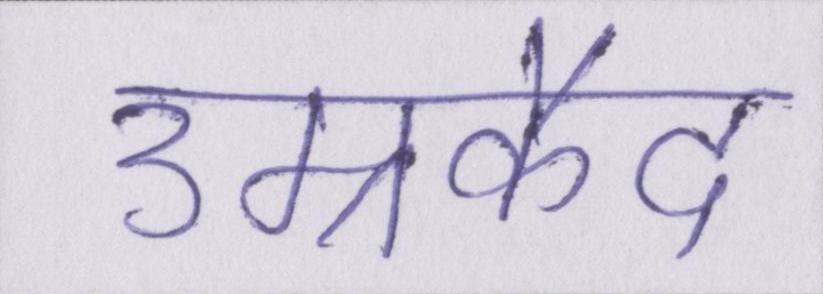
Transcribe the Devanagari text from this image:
उम्रकैद